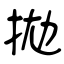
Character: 拋